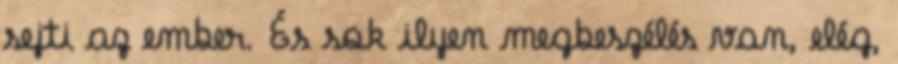
sejti az ember. És sok ilyen megbeszélés van, elég,